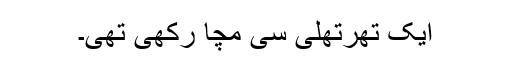
ایک تھرتھلی سی مچا رکھی تھی۔